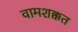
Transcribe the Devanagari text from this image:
वामशक्कत